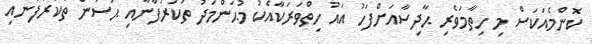
ކޮންމެއަކަސް މި ހިތާމަވެރި ޙާދިސާއަށްފަހު އައު ހިތްވަރަކާއެކު މުޙަންމަދު ތަކުރުފާނާއި ޙަސަން ތަކުރުފާނާއި